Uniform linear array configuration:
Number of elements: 16
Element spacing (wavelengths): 0.5
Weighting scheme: cosine
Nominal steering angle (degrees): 0
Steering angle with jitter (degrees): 1.767
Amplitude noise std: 0.05
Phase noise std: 0.05

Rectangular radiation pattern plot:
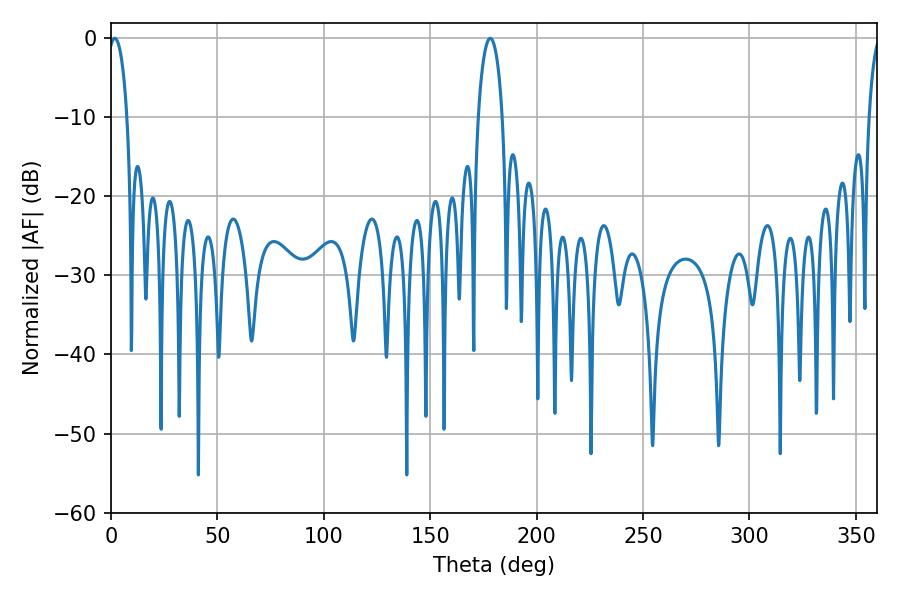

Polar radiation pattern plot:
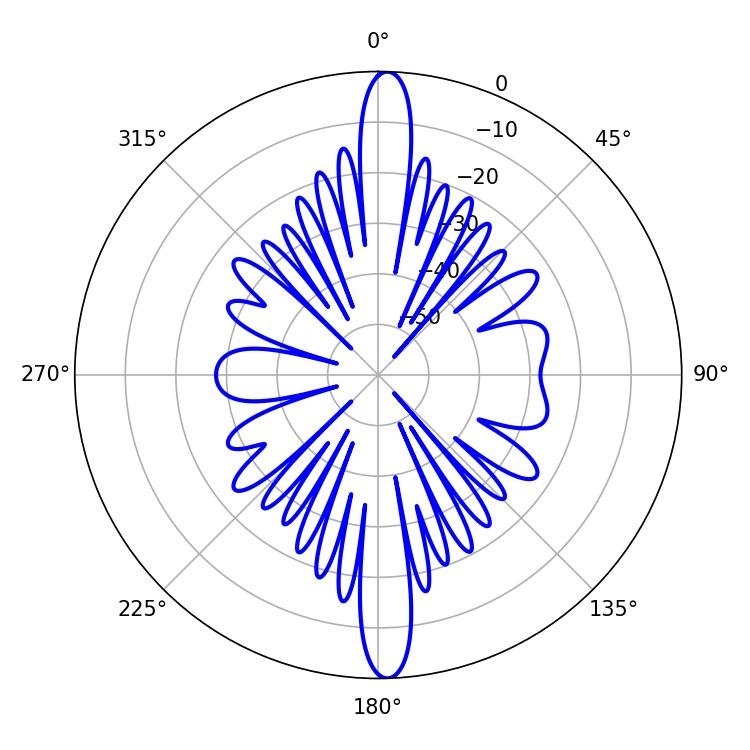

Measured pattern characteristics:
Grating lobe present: FALSE
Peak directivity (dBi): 23.595
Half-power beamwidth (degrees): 5.04
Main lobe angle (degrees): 1.8